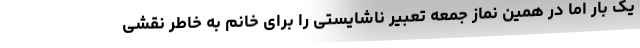
یک بار اما در همین نماز جمعه تعبیر ناشایستی را برای خانم به خاطر نقشی